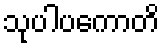
သုပါပကောတိ